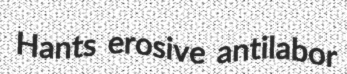
Hants erosive antilabor